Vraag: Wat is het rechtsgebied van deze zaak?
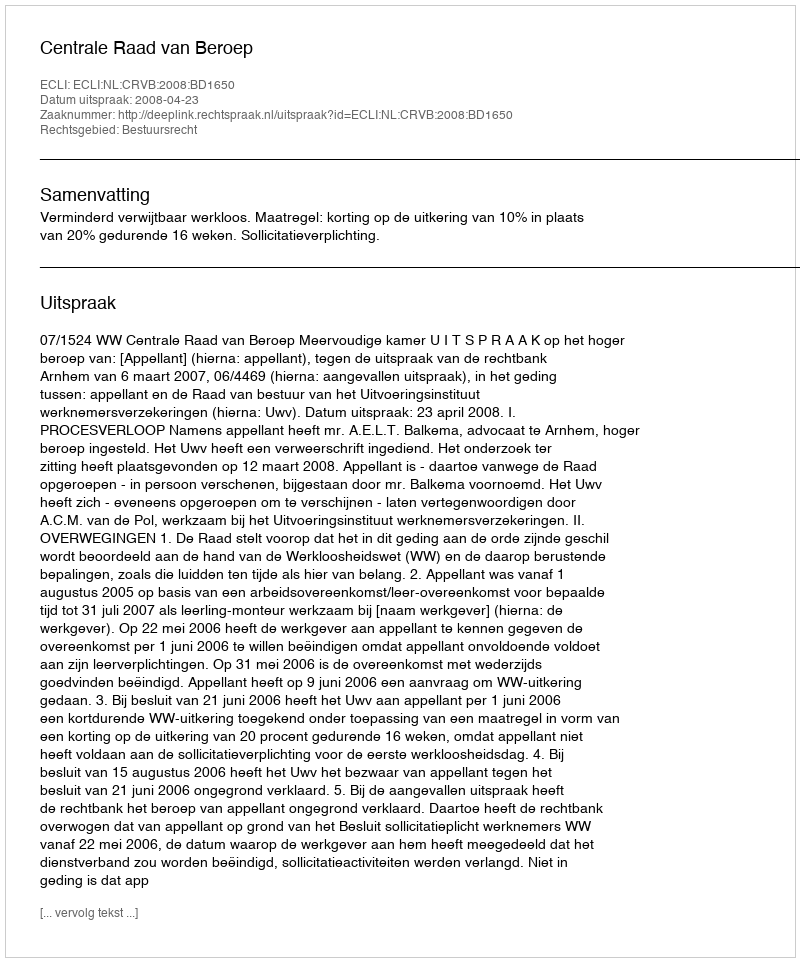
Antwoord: Bestuursrecht